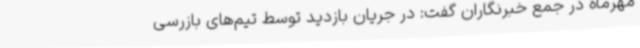
مهرماه در جمع خبرنگاران گفت: در جریان بازدید توسط تیم‌های بازرسی